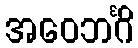
အဝေဘင်္ဂိ